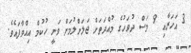
3 އަހަރާއި 9 މަސް ދުވަހުގެ މުއްދަތަށް ޖަލަށްލުމަށް ވަނީ ހުކުމް އިއްވާފައެވެ.